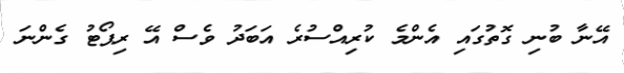
އޭނާ ބުނި ގޮތުގައި އެންމެ ކުރިއްސުރެ އަބަދު ވެސް އޭ ރިޕޯޓު ގެންނަ